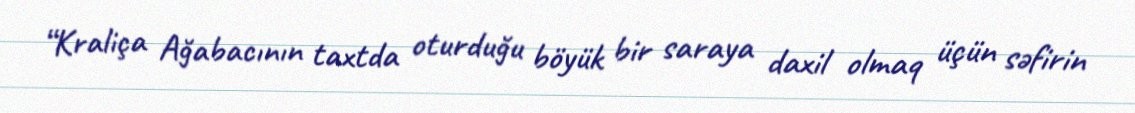
“Kraliça Ağabacının taxtda oturduğu böyük bir saraya daxil olmaq üçün səfirin